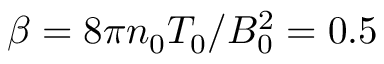
\beta = 8 \pi n _ { 0 } T _ { 0 } / B _ { 0 } ^ { 2 } = 0 . 5